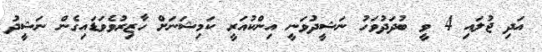
އަދި ޖުލައި 4 ވީ ބުދަދުވަހު ނަޝީދުވަނީ އިންކުއަރީ ކަމިޝަނަށް ހާޒިރުވެވަޑައިގެން ނަޝީދު